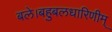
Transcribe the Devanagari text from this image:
बले।बहुबलधारिणीम्